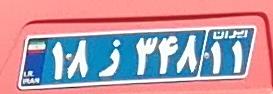
۱۸ز۲۴۸۱۱